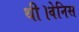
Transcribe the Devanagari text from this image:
थी।वेनिस